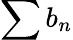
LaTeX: \sum b_{n}